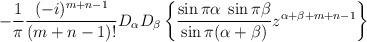
LaTeX: \begin{align*}-\frac {1} {\pi} \frac {(-i)^{m+n-1}} {(m+n-1)!}D_{\alpha}D_{\beta}\left\{\frac {\sin\pi\alpha\;\sin\pi\beta} {\sin\pi(\alpha+\beta)}z^{\alpha+\beta+m+n-1}\right\}\end{align*}